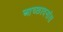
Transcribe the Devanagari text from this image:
आच्छादनांस